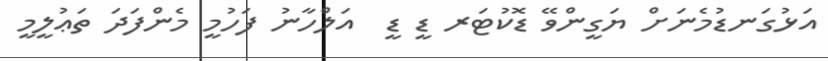
އަޅުގަނޑުމެނަށް ޔަގީންވޭ ޑޮކުޓަރ ޑީ ޑީ  އަލްހާނު ފަހުމީ މެންފަދަ ތަޢުލީމީ